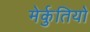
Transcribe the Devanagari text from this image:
मेर्कुतियो